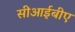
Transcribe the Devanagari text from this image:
सीआईबीए